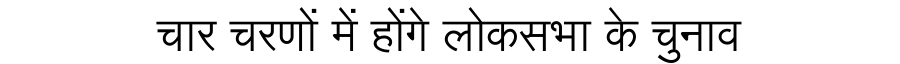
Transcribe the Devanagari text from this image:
चार चरणों में होंगे लोकसभा के चुनाव